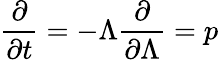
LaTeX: \frac{\partial}{\partial t}=-\Lambda\frac{\partial}{\partial\Lambda}=p